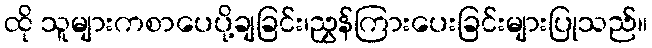
ထို သူများကစာပေပို့ချခြင်း၊ညွှန်ကြားပေးခြင်းများပြုသည်။